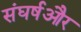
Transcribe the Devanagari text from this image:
संघर्षऔर